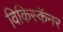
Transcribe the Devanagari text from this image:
विकिस्कॅनर